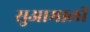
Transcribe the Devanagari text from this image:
सुआमाली